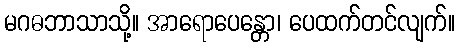
မဂဓဘာသာသို့။ အာရောပေန္တော၊ ပေထက်တင်လျက်။